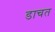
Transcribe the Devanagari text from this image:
डाचत